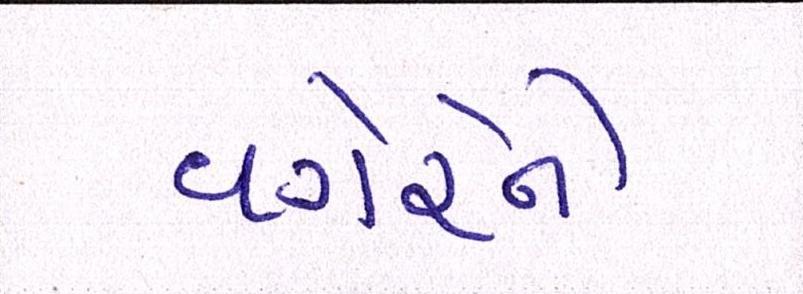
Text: વગેરેને